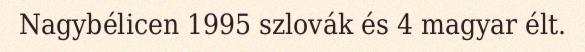
Nagybélicen 1995 szlovák és 4 magyar élt.